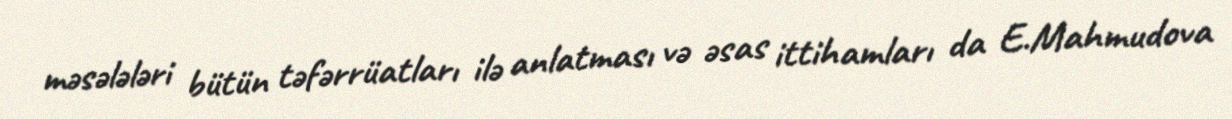
məsələləri bütün təfərrüatları ilə anlatması və əsas ittihamları da E.Mahmudova